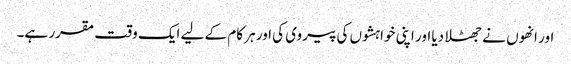
اور انھوں نے جھٹلا دیا اور اپنی خواہشوں کی پیروی کی اور ہر کام کے لیے ایک وقت مقرر ہے۔